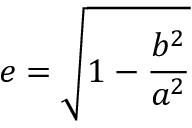
e = { \sqrt { 1 - { \frac { b ^ { 2 } } { a ^ { 2 } } } } }